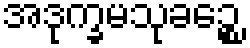
အဒုက္ခမသုခဉ္စေ